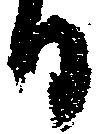
日